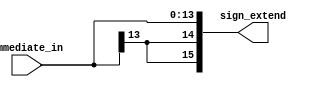
`timescale 1ns / 1ps

module sign_extend(immediate_in, sign_extend );

    input [13:0] immediate_in;
	output [15:0] sign_extend;
	
	   /* add your design */   
	wire [15:0] sign_extend;
	assign sign_extend[13:0]=immediate_in;
	assign sign_extend[15:14]={2{immediate_in[13]}};
	
endmodule